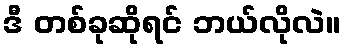
ဒီ တစ်ခုဆိုရင် ဘယ်လိုလဲ။